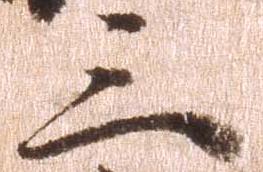
三